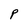
Character: P